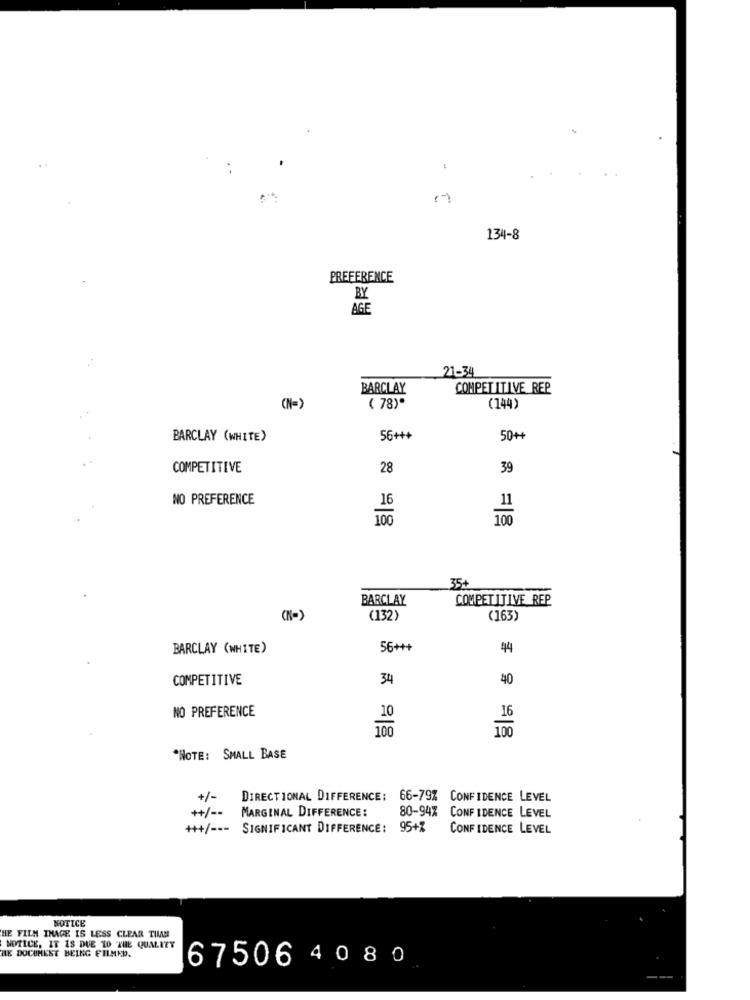
134-8
PREFERENCE
BY
AGE
21-34
BARCLAY
COMPETITIVE REP
(N=)
( 78)*
(144)
BARCLAY (WHITE)
56+++
50++
COMPETITIVE
28
39
NO PREFERENCE
16
100
35.
BARCLAY
COMPETITIVE REP
(N=>
(132)
(163)
BARCLAY (WHITE)
56+++
44
COMPETITIVE
34
40
NO PREFERENCE
16
"NOTE: SMALL BASE
+/- DIRECTIONAL DIFFERENCE:
66-79% CONFIDENCE LEVEL
++/ -- MARGINAL DIFFERENCE:
80-94% CONFIDENCE LEVEL
+++/ --- SIGNIFICANT DIFFERENCE :
95+7
CONFIDENCE LEVEL
NOTICE
HE FILM IMAGE IS LESS CLEAR THAN
HE DOCUMENT BEING FILMED.
NOTICE, IT IS DUE TO "THE QUALITY
67506 4 0 80
---